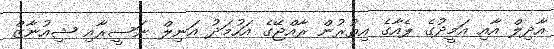
އާދިލް އާއި އަމީދުގެ ޕެއާގެ އިތުރުން ރާއްޖޭގެ އަހުމަދު އަނިލް ނަސީރާއި ޝިއުނާޒް